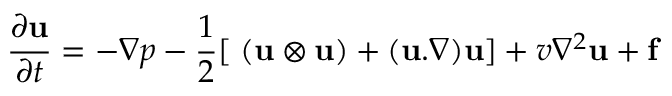
\frac { \partial \mathbf { u } } { \partial t } = - \nabla p - \frac { 1 } { 2 } [ \mathbf { \nabla } ( \mathbf { u } \otimes \mathbf { u } ) + ( \mathbf { u } . \nabla ) \mathbf { u } ] + v \nabla ^ { 2 } \mathbf { u } + \mathbf { f }